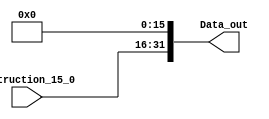
module ShiftLeft4 (

    input  wire [15:0] Instruction_15_0,
    output wire [31:0] Data_out

);

    assign Data_out = Instruction_15_0 << 16;

endmodule